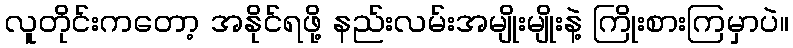
လူတိုင်းကတော့ အနိုင်ရဖို့ နည်းလမ်းအမျိုးမျိုးနဲ့ ကြိုးစားကြမှာပဲ။